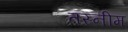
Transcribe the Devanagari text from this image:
तस्नीम